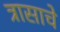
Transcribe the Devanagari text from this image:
त्रासाचे